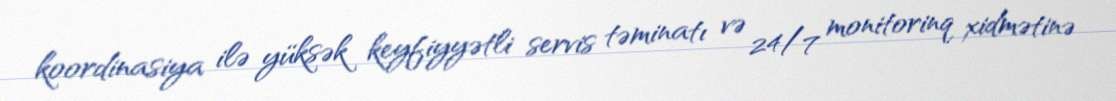
koordinasiya ilə yüksək keyfiyyətli servis təminatı və 24/7 monitorinq xidmətinə